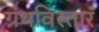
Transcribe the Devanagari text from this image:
ग्रंथविस्तार